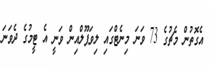
އެގޮތުން މެޗުގެ 73 ވަނަ މިނެޓްގައި ލިވަޕޫލްއިން ވަނީ އެ ޓީމުގެ ދެވަނަ